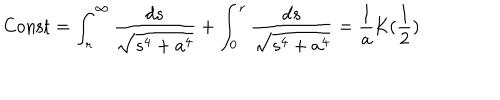
LaTeX: \mathrm { { C o n s t } } = \int _ { r } ^ { \infty } { \frac { d s } { \sqrt { s ^ { 4 } + a ^ { 4 } } } } + \int _ { 0 } ^ { r } { \frac { d s } { \sqrt { s ^ { 4 } + a ^ { 4 } } } } = \frac { 1 } { a } \mathrm { K } ( \frac { 1 } { 2 } )